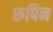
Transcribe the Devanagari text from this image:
रूपिन